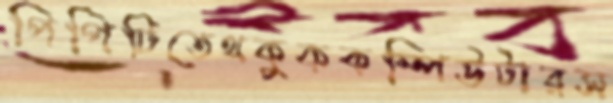
পিপিটিতেথকুককম্পিউটারস